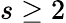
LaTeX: s\geq 2